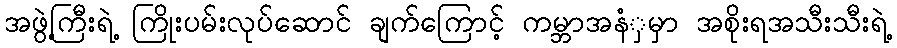
အဖွဲ့ကြီးရဲ့ ကြိုးပမ်းလုပ်ဆောင် ချက်ကြောင့် ကမ္ဘာအနံှမှာ အစိုးရအသီးသီးရဲ့